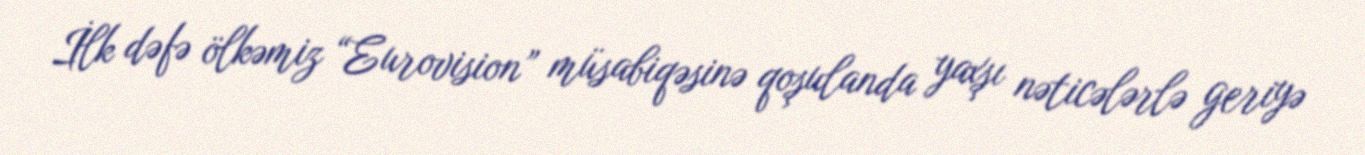
İlk dəfə ölkəmiz “Eurovision” müsabiqəsinə qoşulanda yaxşı nəticələrlə geriyə